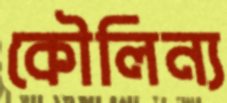
কৌলিন্য